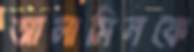
আলামিনকে